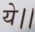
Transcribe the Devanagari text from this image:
ये।।